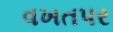
વખતપર